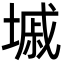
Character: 墄